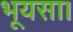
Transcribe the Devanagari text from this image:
भूयसा।